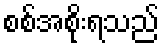
စစ်အစိုးရသည်